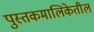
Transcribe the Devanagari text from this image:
पुस्तकमालिकेतील